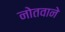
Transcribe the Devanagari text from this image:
नोतवाने